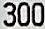
300